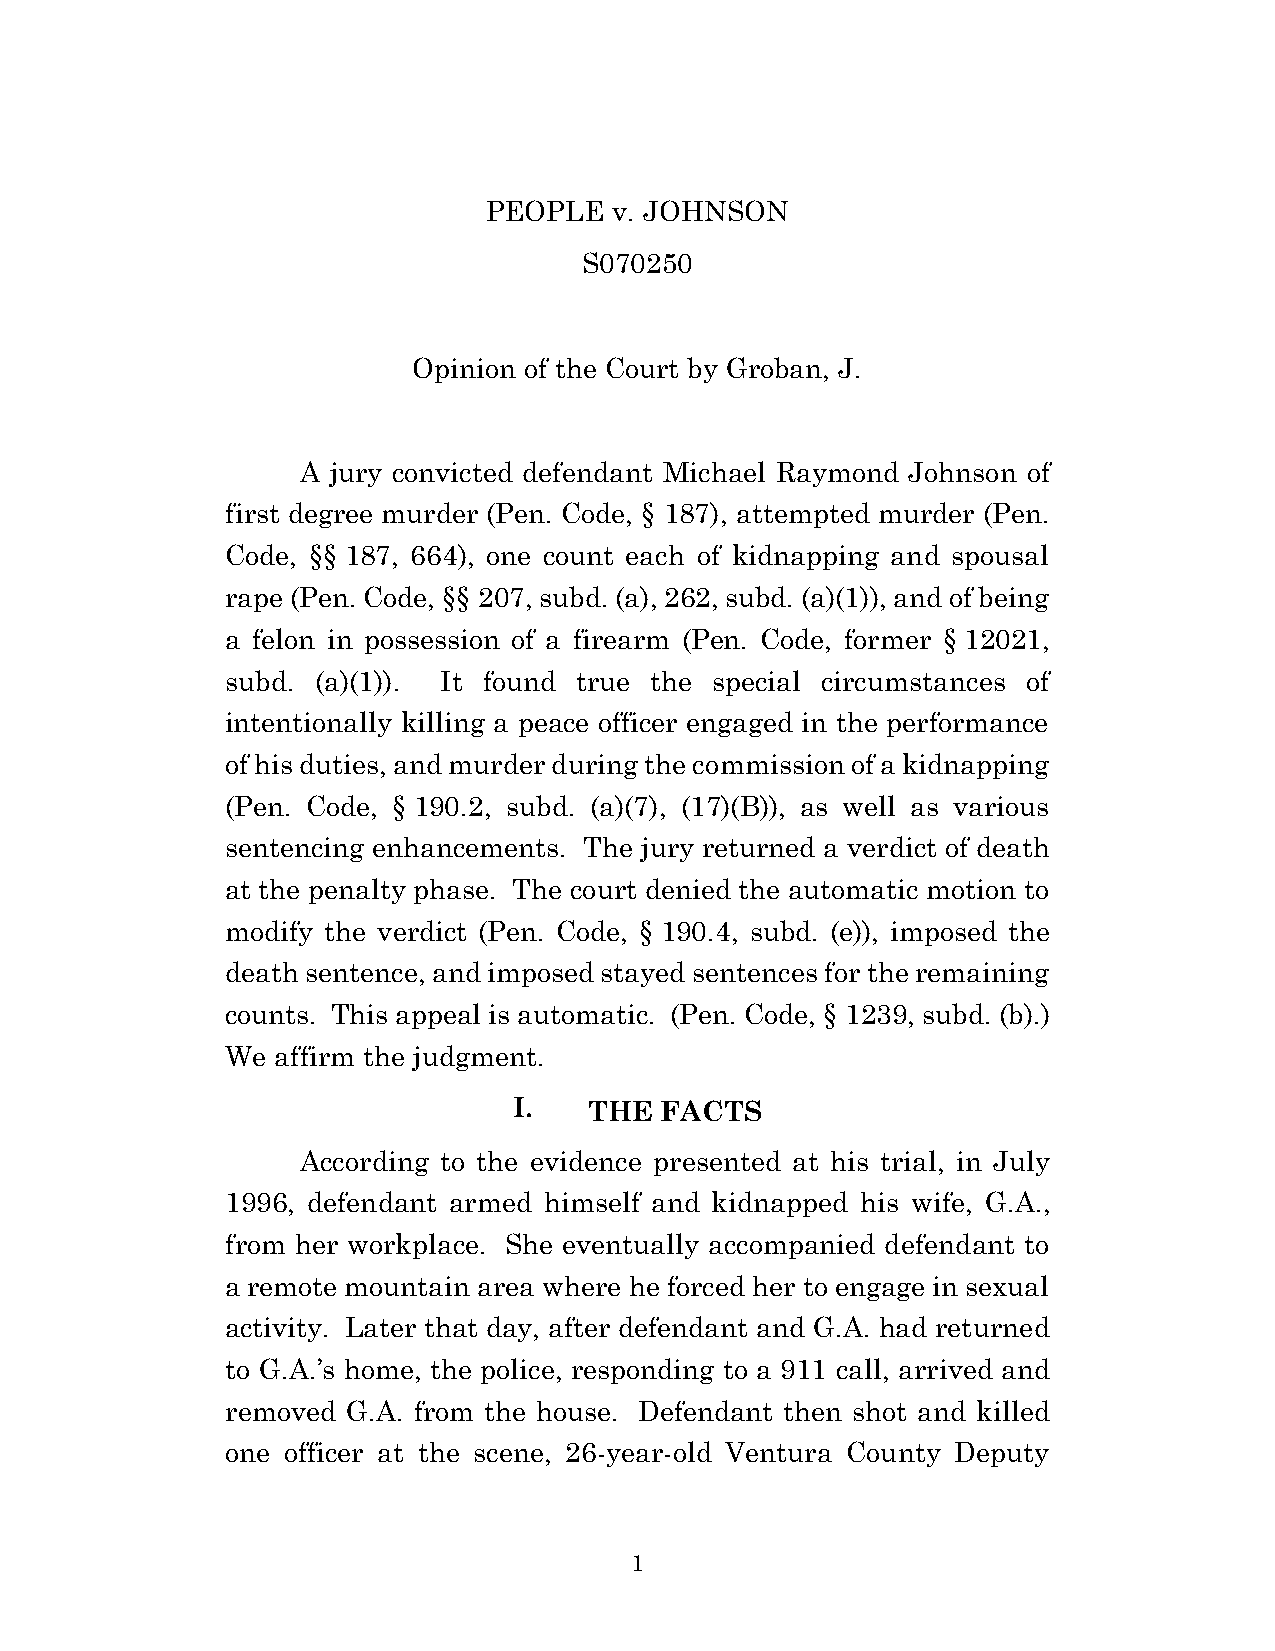
PEOPLE   v. JOHNSON
 S070250
 Opinion of the Court by Groban, J.
 A jury convicted defendant Michael Raymond Johnson of
 first degree murder (Pen. Code, § 187), attempted murder (Pen.
 Code, §§ 187, 664), one count each of kidnapping and spousal
 rape (Pen. Code, §§ 207, subd. (a), 262, subd. (a)(1)), and of being
 a felon in possession of a firearm (Pen. Code, former § 12021,
 subd. (a)(1)). It found true the special circumstances of
 intentionally killing a peace officer engaged in the performance
 of his duties, and murder during the commission of a kidnapping
 (Pen. Code, § 190.2, subd. (a)(7), (17)(B)), as well as various
 sentencing enhancements. The jury returned a verdict of death
 at the penalty phase. The court denied the automatic motion to
 modify the verdict (Pen. Code, § 190.4, subd. (e)), imposed the
 death sentence, and imposed stayed sentences for the remaining
 counts. This appeal is automatic. (Pen. Code, § 1239, subd. (b).)
 We affirm the judgment.
 I.   THE  FACTS
 According to the evidence presented at his trial, in July
 1996, defendant armed himself and kidnapped his wife, G.A.,
 from her workplace. She eventually accompanied defendant to
 a remote mountain area where he forced her to engage in sexual
 activity. Later that day, after defendant and G.A. had returned
 to G.A.’s home, the police, responding to a 911 call, arrived and
 removed G.A. from the house. Defendant then shot and killed
 one officer at the scene, 26-year-old Ventura County Deputy
 1